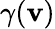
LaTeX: \gamma(\mathbf{v})